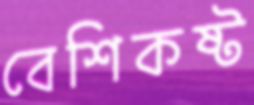
বেশিকষ্ট